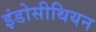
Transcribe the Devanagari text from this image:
इंडोसीथियन